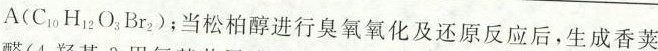
A（C_{10}H_{12}O_{3}Br_{2}）;当松柏醇进行臭氧氧化及还原反应后，生成香荚